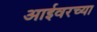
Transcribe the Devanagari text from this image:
आईवरच्या